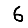
Digit: 6